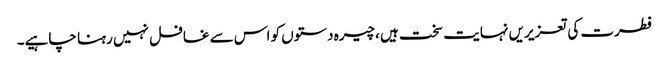
فطرت کی تعزیریں نہایت سخت ہیں ،چیرہ دستوں کو اس سے غافل نہیں رہنا چاہیے۔